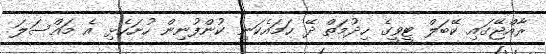
ރާއްޖޭގައި ކޭބަލް ޓީވީގެ ހިދުމަތް ދޭ ހަމައެކަނި ކުންފުނިން ހުށަހެޅި އެ މައްސަލަ